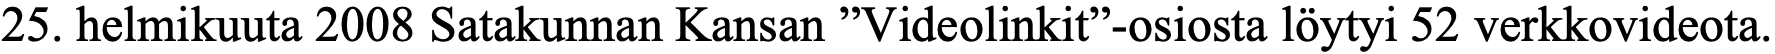
25. helmikuuta 2008 Satakunnan Kansan ”Videolinkit”-osiosta löytyi 52 verkkovideota.